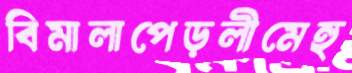
বিমালাপেড়লীমেহু